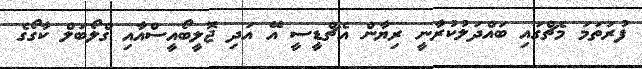
ފުރަތަމަ މެޗްގައި ބައްދަލުކުރާނީ ރިޔާން އެޗްޑީސީ އޭ އަދި ޖޮލީބޯއީސްއާއި ގްލޯބަލް ކާގޯގެ